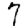
Digit: 7